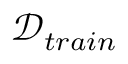
\mathcal { D } _ { t r a i n }